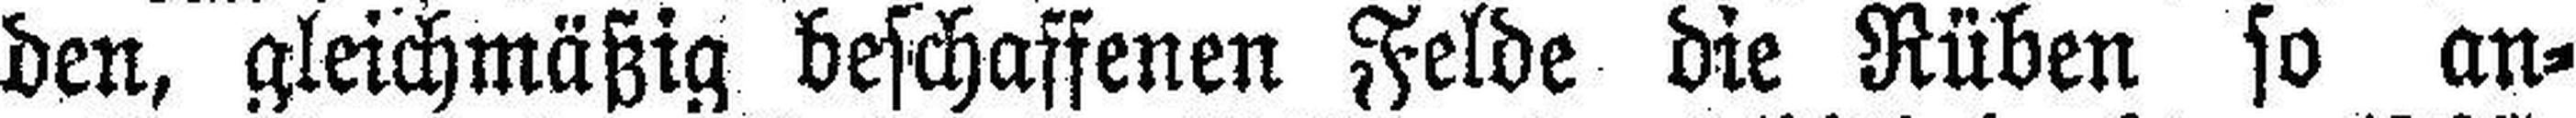
den, gleichmäßig beschaffenen Felde die Rüben so an¬